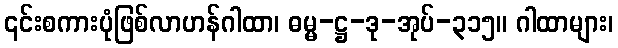
၎င်းစကားပုံဖြစ်လာဟန်ဂါထာ၊ ဓမ္မ-ဋ္ဌ-ဒု-အုပ်-၃၁၅။ ဂါထာများ၊